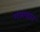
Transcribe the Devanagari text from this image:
गजाकारं